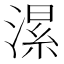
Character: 𱨂